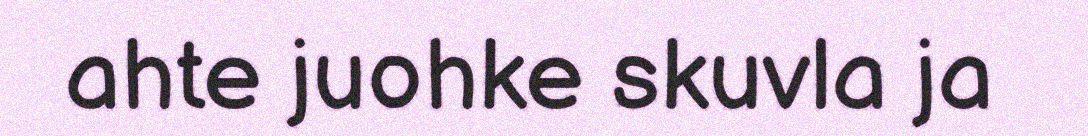
ahte juohke skuvla ja